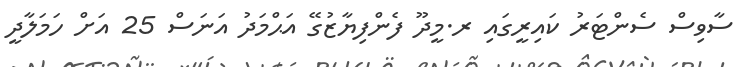
ސާވިސް ސެންޓަރު ކައިރީގައި ރ.މީދޫ ފެންފިޔާޒުގޭ އަޙްމަދު އަނަސް 25 އަށް ހަމަލާދީ